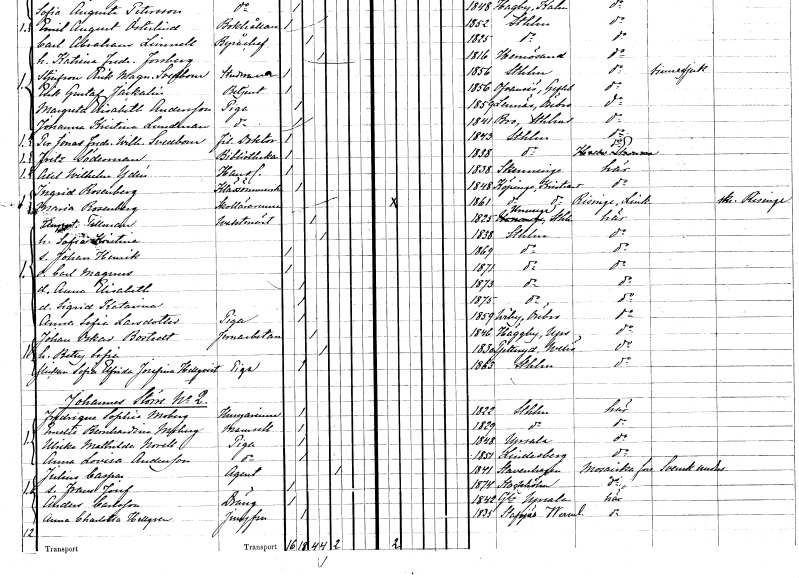
gt_parse: households: individuals: FN: Per Jonas Fredrik Wilhelm
EN: Svedbom
YRKE: Fil. doktor
KON: M
CIV: O
FODAR: 1843
FODFORS: Stockholm
FN: Fritz
EN: Söderman
YRKE: Bibliotekarie
KON: M
CIV: O
FODAR: 1838
FODFORS: Stockholm
FN: Axel Wilhelm
EN: Ydén
YRKE: Handlande
KON: M
CIV: O
FODAR: 1838
FODFORS: Skänninge Östergötlands län
FN: Ingrid
EN: Rosenberg
YRKE: Klädsömmerska
KON: K
CIV: O
FODAR: 1848
FODFORS: Köpinge Kristianstads län
FN: Maria
EN: Rosenberg
YRKE: Skollärarinna
KON: K
CIV: O
FODAR: 1861
FODFORS: Köpinge Kristianstads län
FN: August
EN: Tillman
YRKE: Vaktmästare
KON: M
CIV: G
FODAR: 1825
FODFORS: Ununge Stockholms län
FN: Sofia Kristina
KON: K
CIV: G
FODAR: 1838
FODFORS: Stockholm
FN: Johan Henrik
KON: M
CIV: O
FODAR: 1869
FODFORS: Stockholm
FN: Carl Magnus
KON: M
CIV: O
FODAR: 1871
FODFORS: Stockholm
FN: Anna Elisabeth
KON: K
CIV: O
FODAR: 1873
FODFORS: Stockholm
FN: Sigrid Katarina
KON: K
CIV: O
FODAR: 1875
FODFORS: Stockholm
FN: Anna Sofia
EN: Larsdotter
YRKE: Piga
KON: K
CIV: O
FODAR: 1859
FODFORS: Viby Örebro län
FN: Johan Oskar
EN: Bostedt
YRKE: Järnarbetare
KON: M
CIV: G
FODAR: 1846
FODFORS: Häggeby Uppsala län
FN: Betty Sofia
KON: K
CIV: G
FODAR: 1830
FODFORS: Pjätteryd Kronobergs län
FN: Sofia Elfrida Josefina
EN: Hellqvist
YRKE: Piga
KON: K
CIV: O
FODAR: 1863
FODFORS: Stockholm
FN: Fredrique Sophie
EN: Moberg
YRKE: Husägarinna
KON: K
CIV: O
FODAR: 1822
FODFORS: Stockholm
FN: Emelie Bernhardina
EN: Moberg
KON: K
CIV: O
FODAR: 1829
FODFORS: Stockholm
FN: Ulrika Mathilda
EN: Norell
YRKE: Piga
KON: K
CIV: O
FODAR: 1848
FODFORS: Uppsala Uppsala län
FN: Anna Lovisa
EN: Andersson
YRKE: Piga
KON: K
CIV: O
FODAR: 1851
FODFORS: Lindesberg Örebro län
FN: Julius
EN: Caspar
YRKE: Agent
KON: M
CIV: E
FODAR: 1841
FN: Frans Josef
KON: M
CIV: O
FODAR: 1874
FODFORS: Stockholm
FN: Anders
EN: Carlsson
YRKE: Dräng
KON: M
CIV: O
FODAR: 1842
FODFORS: Gamla Uppsala Uppsala län
FN: Anna Charlotta
EN: Hellgren
YRKE: Jungfru
KON: K
CIV: O
FODAR: 1835
FODFORS: Stavnäs Värmlands län